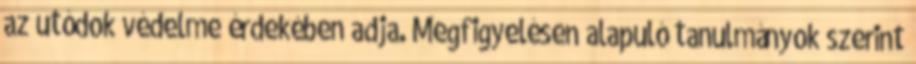
az utódok védelme érdekében adja. Megfigyelésen alapuló tanulmányok szerint